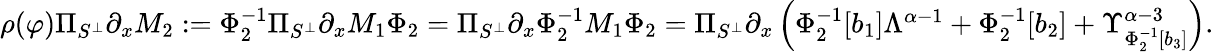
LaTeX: \begin{array}{r}{\rho(\varphi)\Pi_{S^{\perp}}\partial_{x}M_{2}:=\Phi_{2}^{-1}\Pi_{S^{\perp}}\partial_{x}M_{1}\Phi_{2}=\Pi_{S^{\perp}}\partial_{x}\Phi_{2}^{-1}M_{1}\Phi_{2}=\Pi_{S^{\perp}}\partial_{x}\left(\Phi_{2}^{-1}[b_{1}]\Lambda^{\alpha-1}+\Phi_{2}^{-1}[b_{2}]+\Upsilon_{\Phi_{2}^{-1}[b_{3}]}^{\alpha-3}\right).}\end{array}